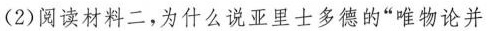
(2)阅读材料二，为什么说亚里士多德的”唯物论并